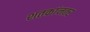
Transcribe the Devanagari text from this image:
शतकांनतर